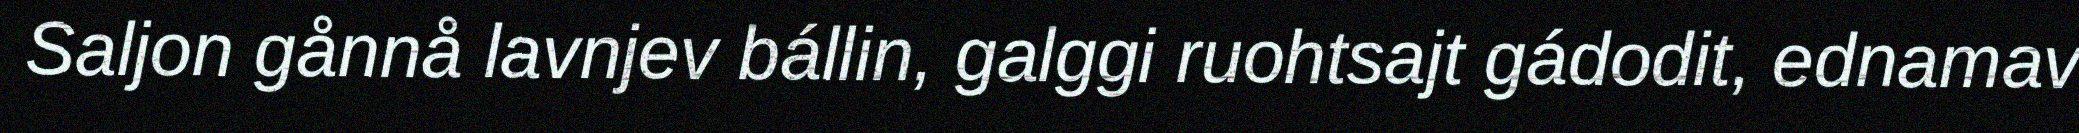
Saljon gånnå lavnjev bállin, galggi ruohtsajt gádodit, ednamav